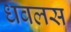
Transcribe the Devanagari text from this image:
धवलस